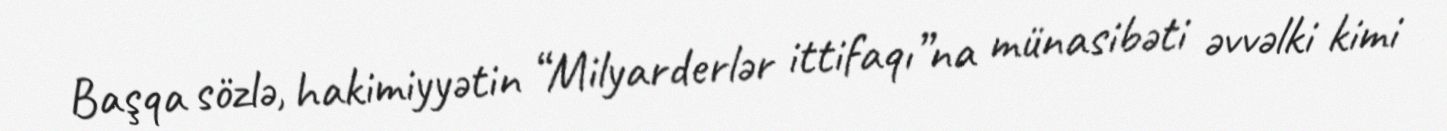
Başqa sözlə, hakimiyyətin “Milyarderlər ittifaqı”na münasibəti əvvəlki kimi